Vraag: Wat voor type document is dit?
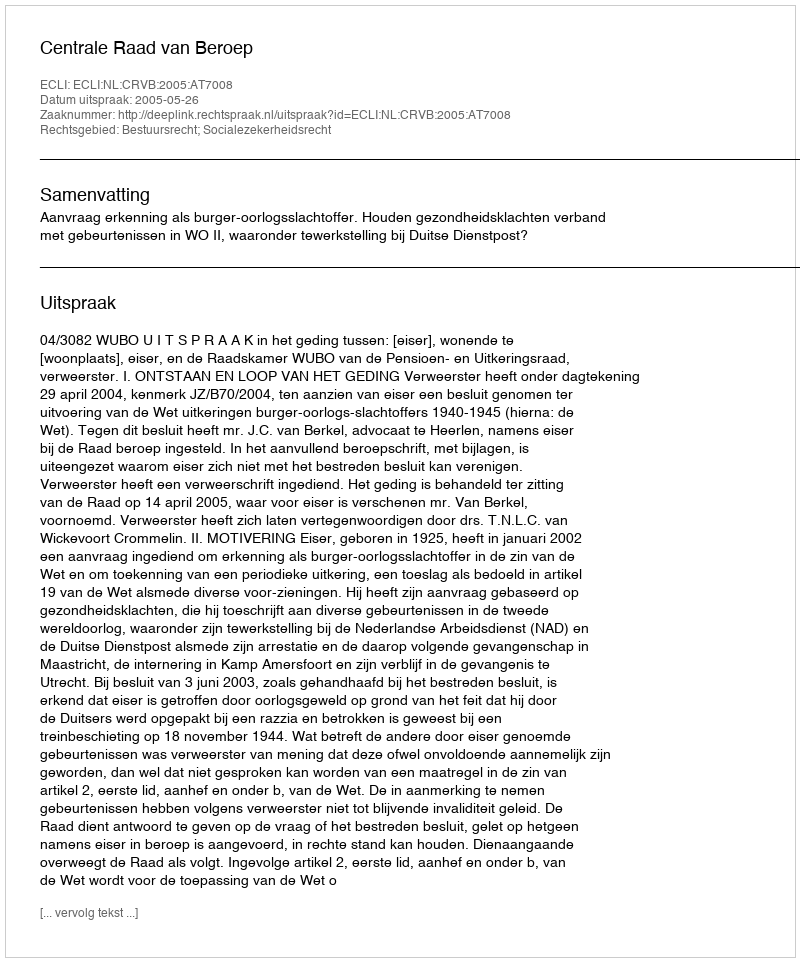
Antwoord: Uitspraak